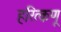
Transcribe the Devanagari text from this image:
हरित्कणू